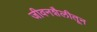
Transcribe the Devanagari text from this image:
जीवनशैलीतून